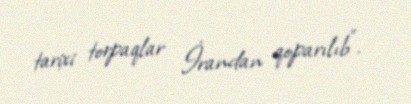
tarixi torpaqlar İrandan qoparılıb”.